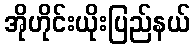
အိုဟိုင်းယိုးပြည်နယ်